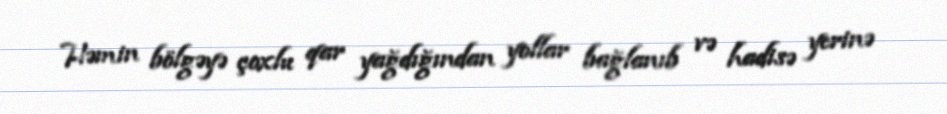
Həmin bölgəyə çoxlu qar yağdığından yollar bağlanıb və hadisə yerinə